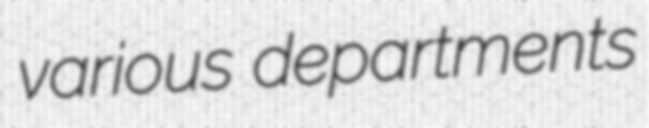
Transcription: various departments